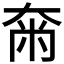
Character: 𡘴